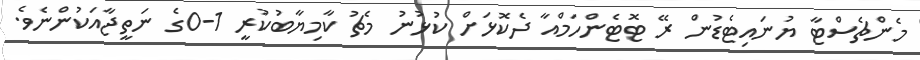
މެންޗެސްޓާ ޔުނައިޓެޑުން ރޭ ޓޮޓެންހަމްއާ ދެކޮޅަށް ކުޅުނު މެޗު ކާމިޔާބުކުރީ 1-0ގެ ނަތީޖާއަކުންނެވެ.